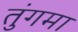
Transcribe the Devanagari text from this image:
तुंगमा